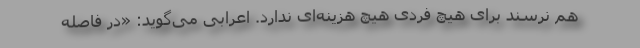
هم نرسند برای هیچ فردی هیچ هزینه‌ای ندارد. اعرابی می‌گوید: «در فاصله